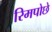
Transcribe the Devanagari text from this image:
रिमपोछे